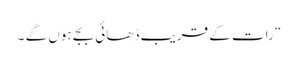
“ رات کے قریب ڈھائی بجے ہوں گے ۔